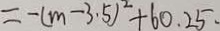
= - ( m - 3 . 5 ) ^ { 2 } + 6 0 . 2 5 .